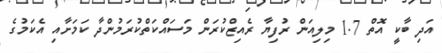
އަދި ބާކީ އޮތް 1.7 މިލިއަން ރުފިޔާ ރެއިޒްކުރަން މަސައްކަތްކުރަމުންދާ ކަމަށާއި އެކަމުގެ